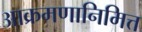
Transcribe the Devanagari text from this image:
आक्रमणानिमित्त